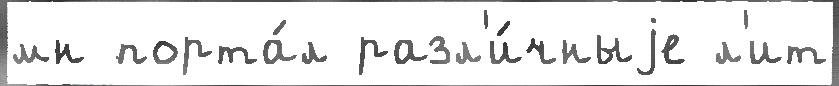
мн порта́л разл'и́чныjе л'ит